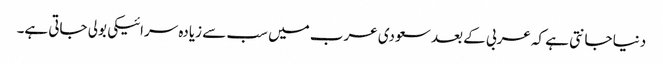
دنیا جانتی ہے کہ عربی کے بعد سعودی عرب میں سب سے زیادہ سرائیکی بولی جاتی ہے۔